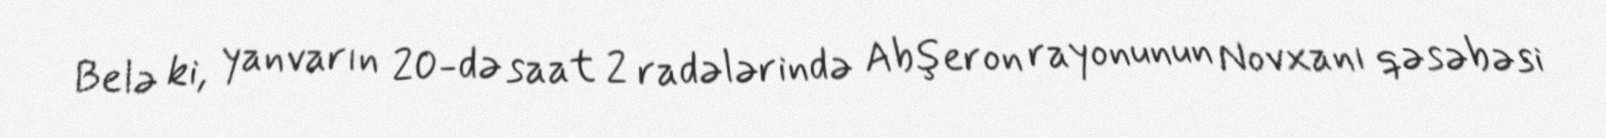
Belə ki, yanvarın 20-də saat 2 radələrində Abşeron rayonunun Novxanı qəsəbəsi